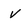
Character: V